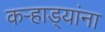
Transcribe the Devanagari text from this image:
कऱ्हाड्यांना